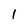
Character: 1